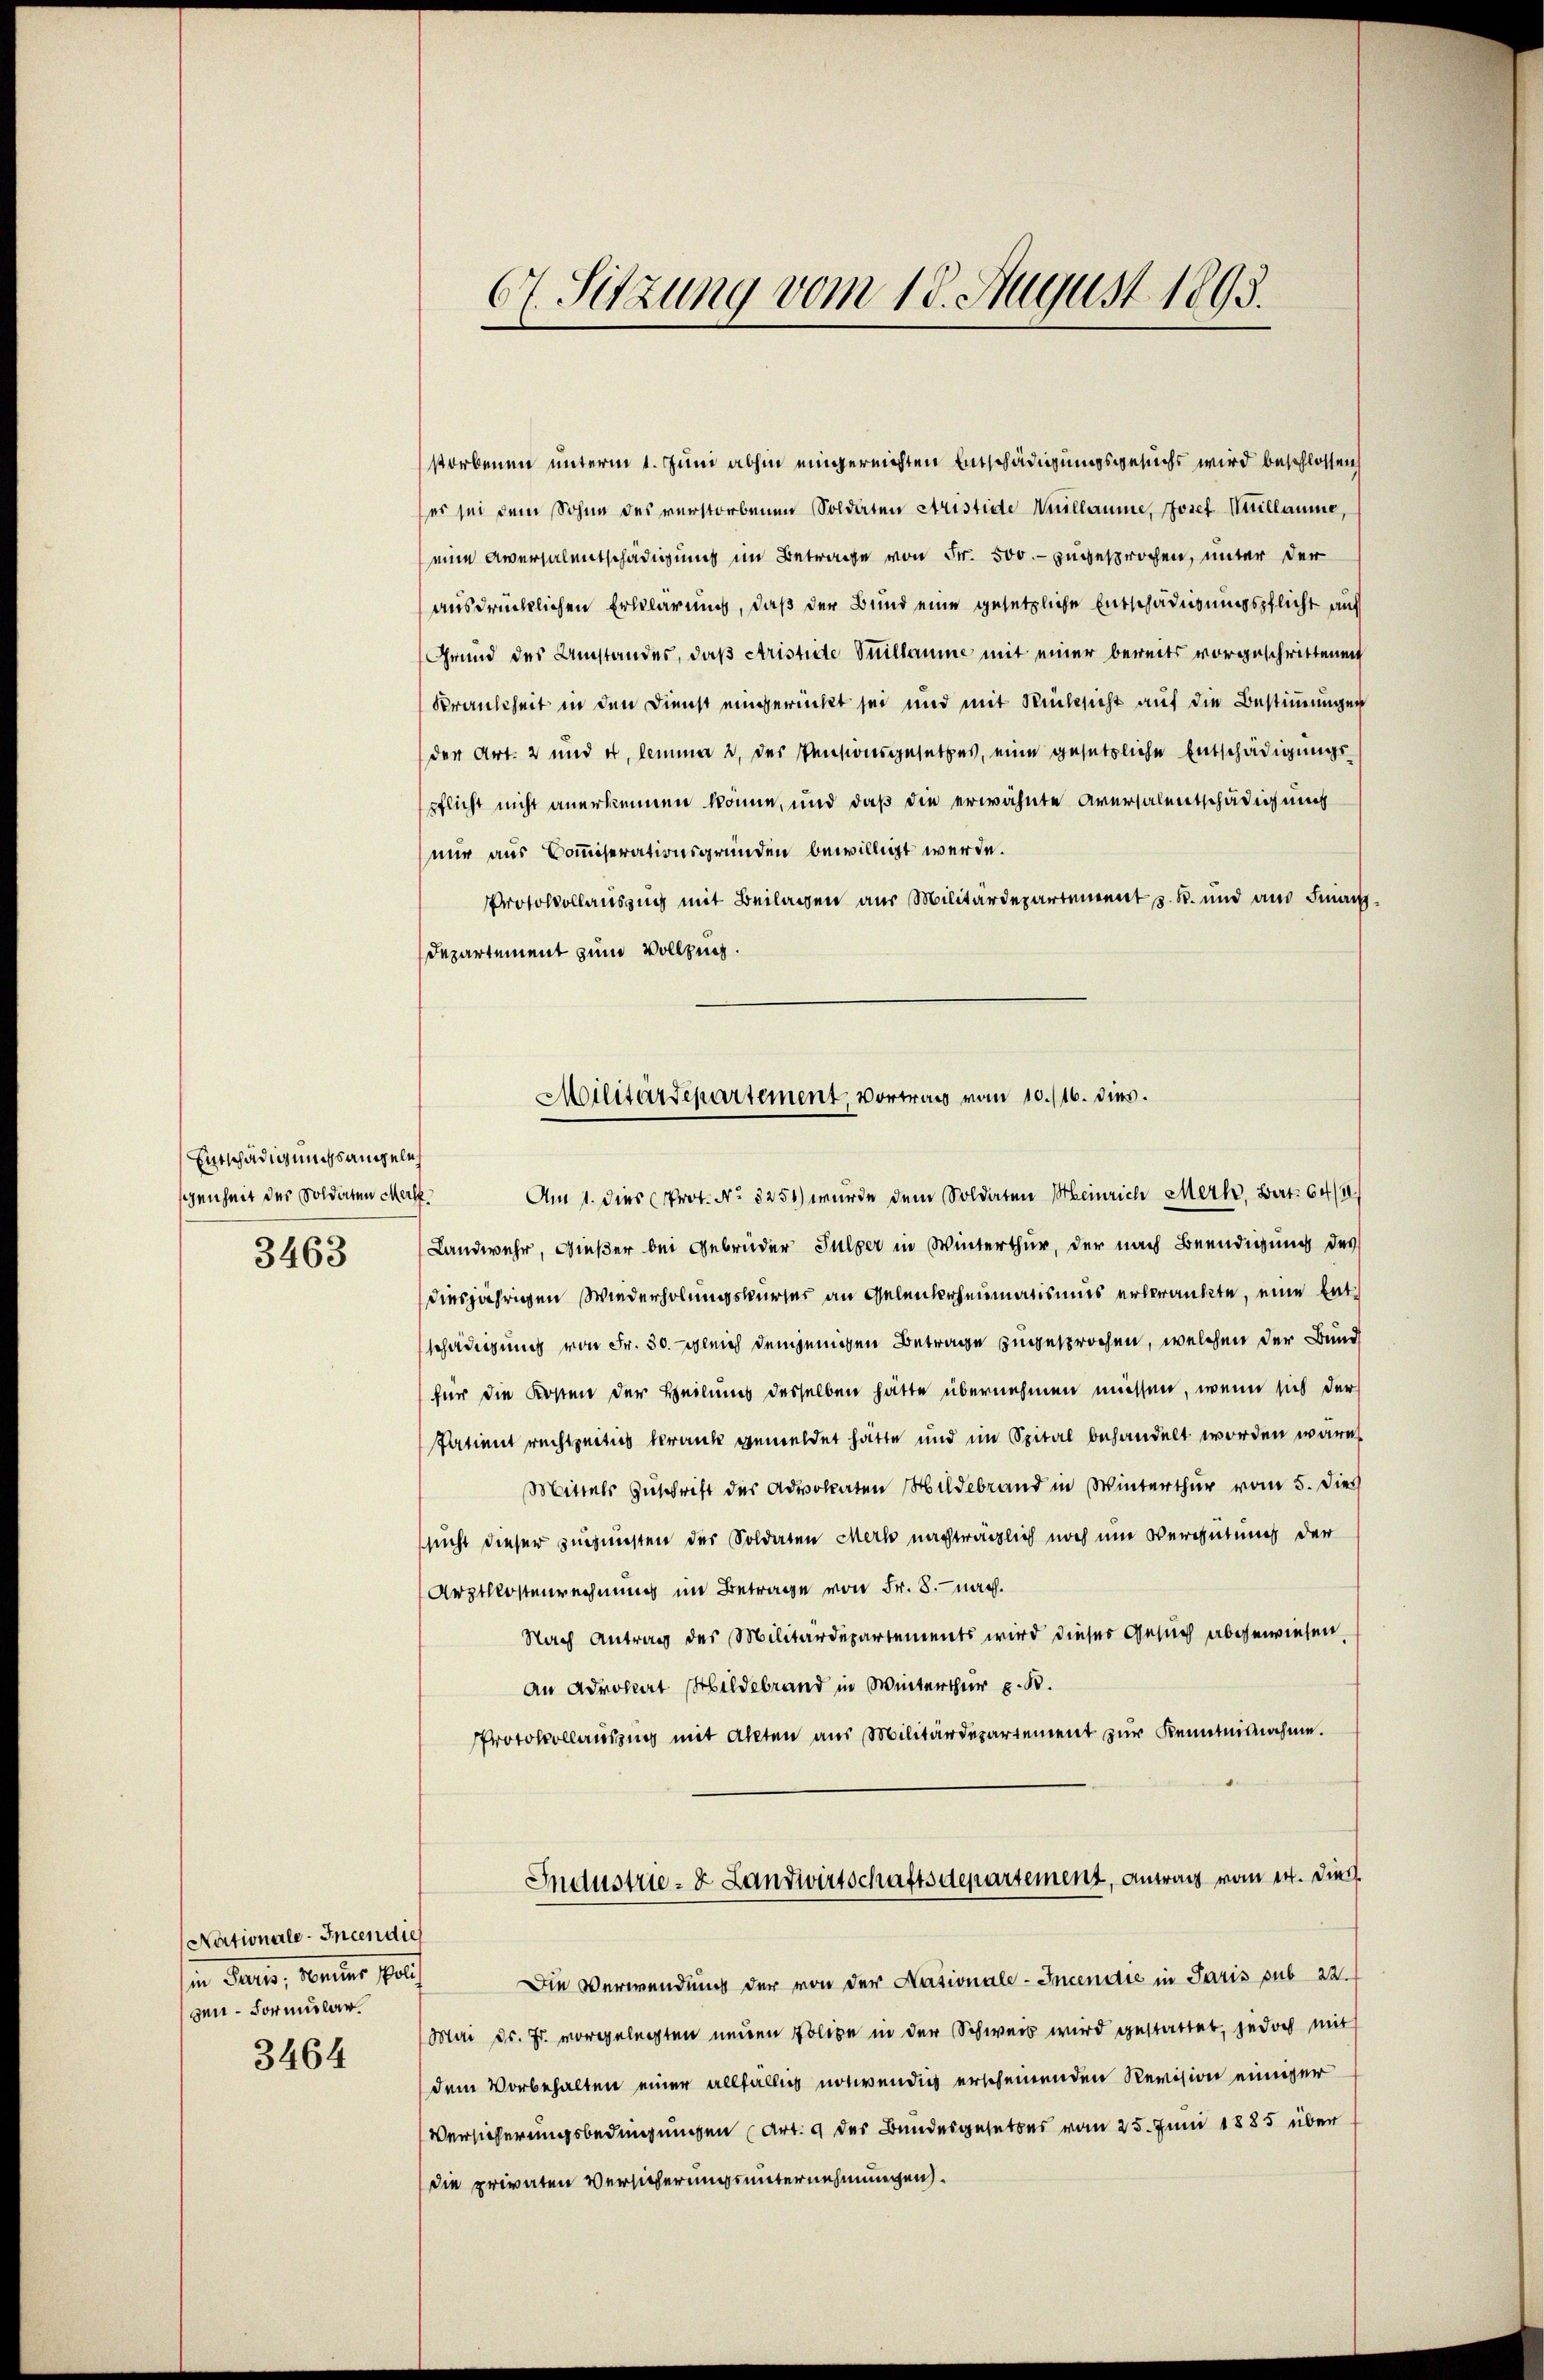
Entschädigungsangele
genheit der Soldaten Merl
3463

Nationale-Incen dies
in Paris, Seiter polit
zen-Formular

3464

67. Sitzung vom 18. August 1893.

storbenen unterm 1. Juni abhin eingereichten Entschädigungsgesuchs wird beschlossen,
ser sei dem Sohne des verstorbenen Solderten Aristide Vuillaume, Josef Kuillaume,
eine Aversalentschädigung im Betrage von Fr. 500.- zugesprochen, unter der
ausdrücklichen Erklärung, daß der Bund eine gesetzliche Entschädigungspflicht auf
Grund des Umstandes, daß Aristite Stillaume mit einer bereits vorgeschrittenen
Krankheit in den Dienst eingerückt sei und mit Rücksicht auf die Bestimmungen
der Art. 2 und es, lemmer 2, des Pensionsgesetzes, eine gesetzliche Entschädigungspflicht nicht anerkennen könne, und daß die erwähnte Aversalentschädigung
nur aus Commiserationsgründen bewilligt werde.
Protokollauszug mit Beilagen aus Militärdepartement z. B. und ans Finanz¬
Departement zum Vollzug.
Am 1. dies Prot. No. 3251) wurde dem Soldaten Meinrich Merk, Bert. 64/1
Landwehr, Gießer bei Gebrüder Sulzer in Winterthur, der nach Beendigung des
diesjährigen Wiederholungskurser an Gelenkrheumatismus erbränkte, eine Entschädigung von Fr. 30. gleich demjenigen Betrage zugesprochen, welchen der Bund
für die Kosten der Heilmis desselben hätte übernehmen müssen, wenn sich der
Patient rechtzeitig krank gemeldet hatte und im Spital behandelt worden wäre,
Mittels Zuschrift des Advokaten Mildebrand in Winterthur vom 5. Dies
sucht dieser zugunsten der Soldaten Merk nachträglich noch um Vergütung der
Arztkostenrechnung im Betrage von Fr. 8. nach.
Nach Antrag des Militärdepartements wird dieses Gesuch abgewiesen
an Advokat bildebrand in Winterthur z. B.
PProtokollauszug mit Akten aus Militärdepartement zur Kenntnisnahme.
Industrie- & Landwirtschaftsdepartement, antrag vom 14. Dies
Die Verwendung der von der Nationale-Incendie in Paris sub 22
(Mai d. Js. vorgelegten neuen Police in der Schweis wird gestattet, jedoch mit
dem Vorbehalten einer allfällig notwendig erscheinenden Revision einiger
Versicherungsbedingungen (Art. 9 der Bundesgesetzes vom 25. Juni 1885 über
die privaten Versicherungsunternehmungen.

Militärdepartement vortrag vom 10./16. dies.